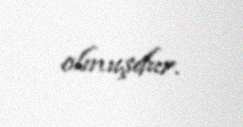
olmuşdur.